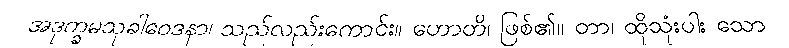
အဒုက္ခမသုခါဝေဒနာ၊ သည်လည်းကောင်း။ ဟောတိ၊ ဖြစ်၏။ တာ၊ ထိုသုံးပါး သော